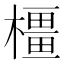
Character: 橿